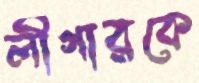
লীগারকে